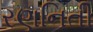
રણનિતી